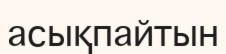
асықпайтын